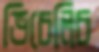
ভিচেলিচ